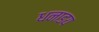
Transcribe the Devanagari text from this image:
धनाडय